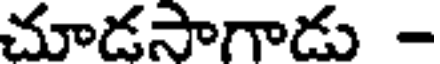
చూడసాగాడు -